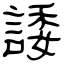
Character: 諉